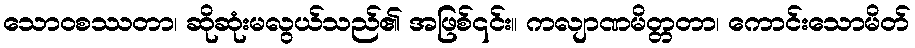
သောဝစဿတာ၊ ဆိုဆုံးမလွယ်သည်၏ အဖြစ်၎င်း။ ကလျာဏမိတ္တတာ၊ ကောင်းသောမိတ်